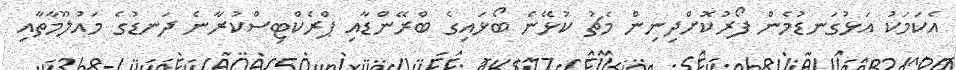
އެކަމަކު އަޅުގަނޑުމެން ފޯރުކޮށްދިނިން މެޗު ކުޅޭނެ ބޯޅައިގެ ބްރޭންޑާއި ޕްރެކްޓިސްކުރާނެ ދަނޑުގެ މައުލޫމާތާއި